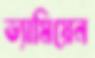
ড্যামিয়েন